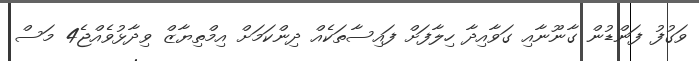
ވަގުފު ފަންޑުން ގާނޫނާއި ގަވާއިދާ ހިލާފަށް ފައިސާތަކެއް ދިންކަމަށް އިމްތިޔާޒް ވިދާޅުވެއްޖެ4 މަސް